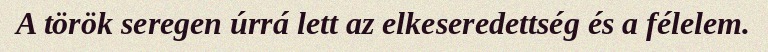
A török seregen úrrá lett az elkeseredettség és a félelem.